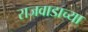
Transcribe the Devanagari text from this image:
राजवाडाच्या